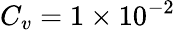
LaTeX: C_{v}=1\times 10^{-2}